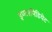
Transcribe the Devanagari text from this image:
इण्टरमिडियेट